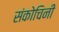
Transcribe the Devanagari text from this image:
संकोचिनी